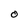
Character: o